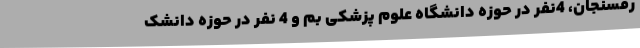
رفسنجان، 4نفر در حوزه دانشگاه علوم پزشکی بم و 4 نفر در حوزه دانشک